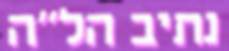
נתיב הל"ה